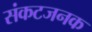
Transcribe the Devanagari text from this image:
संकटजनक